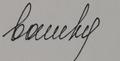
Signature authenticity: forged